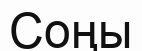
Соңы